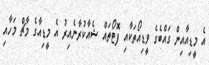
އެ މީޑިއާއިން ގައްބެގެ ވީޑިއޯތަކާއި ފޮޓޯތައް ޝެއާކުރާނެއިރު އެ މީޑިއާގެ މާޗް މަހާއި